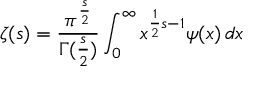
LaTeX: \zeta ( s ) = { \frac { \pi ^ { \frac { s } { 2 } } } { \Gamma ( { \frac { s } { 2 } } ) } } \int _ { 0 } ^ { \infty } x ^ { { \frac { 1 } { 2 } } { s } - 1 } \psi ( x ) \, d x